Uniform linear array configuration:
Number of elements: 12
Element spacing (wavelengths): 0.25
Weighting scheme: binomial
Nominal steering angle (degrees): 0
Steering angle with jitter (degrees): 1.674
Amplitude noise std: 0.05
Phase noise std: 0.05

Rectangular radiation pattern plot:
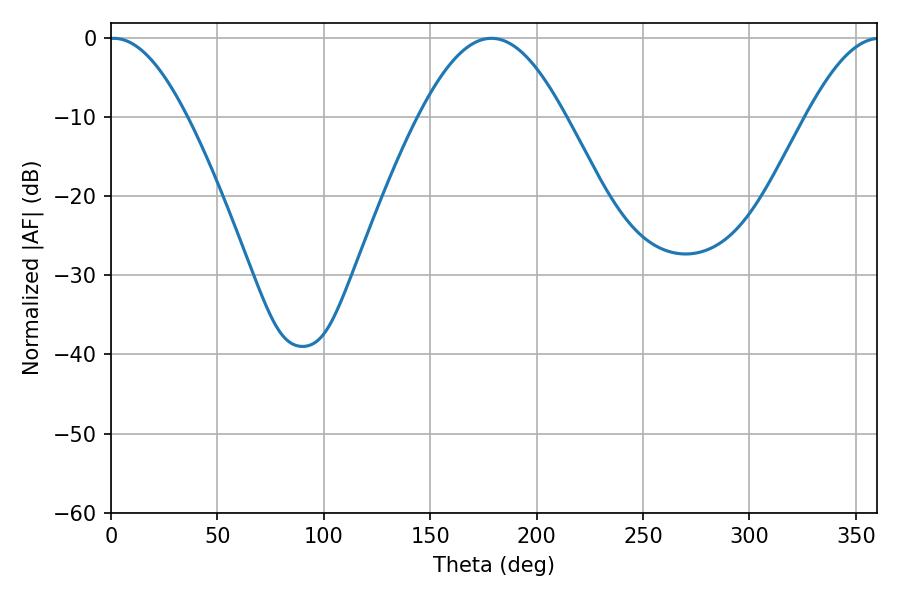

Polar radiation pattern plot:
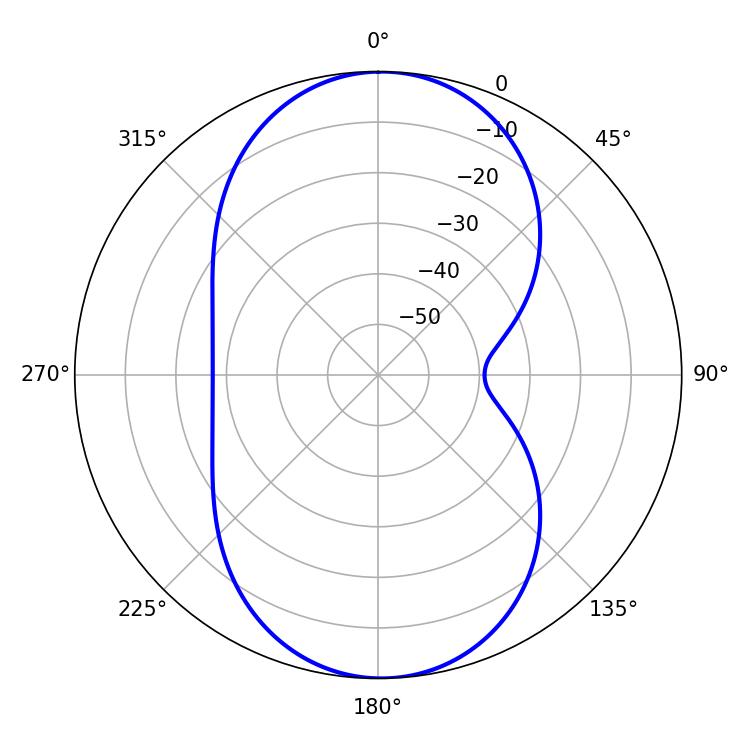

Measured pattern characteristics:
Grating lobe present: FALSE
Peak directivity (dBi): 19.848
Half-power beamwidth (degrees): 19.8
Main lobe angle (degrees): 1.26